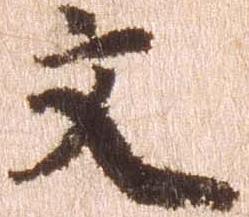
文